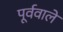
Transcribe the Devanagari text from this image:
पूर्ववाले